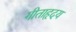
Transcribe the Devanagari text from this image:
गीताहृदय